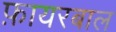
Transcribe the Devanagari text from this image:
फ़ायरबाल